Scottish Certificate of Education, 1963
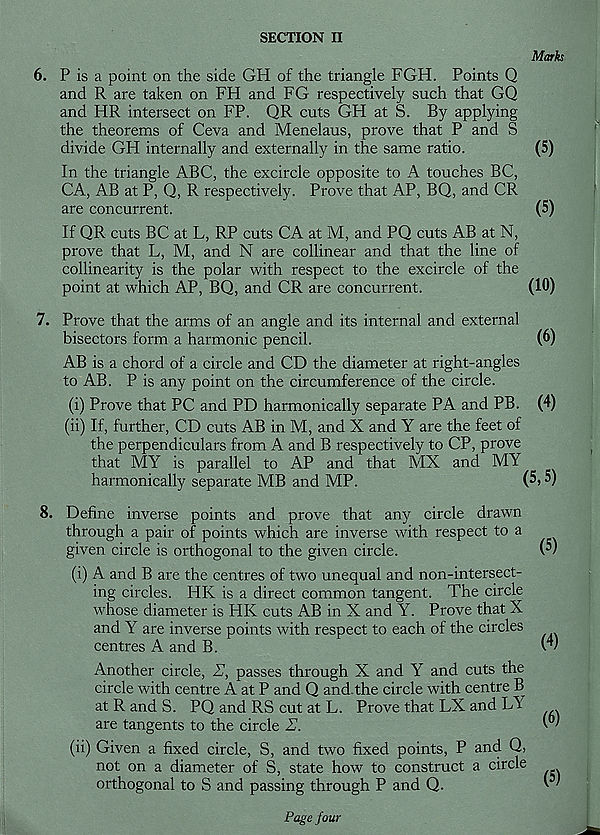
SECTION II
Marks
6. P is a point on the side GH of the triangle FGH. Points Q
and R are taken on FH and FG respectively such that GQ
and FIR intersect on FP. QR cuts GH at S. By applying
the theorems of Ceva and Menelaus, prove that P and S
divide GH internally and externally in the same ratio.
(5)
In the triangle ABC, the excircle opposite to A touches BC,
CA, AB at P, Q, R respectively. Prove that AP, BQ, and CR
are concurrent.
(5)
If QR cuts BC at L, RP cuts CA at M, and PQ cuts AB at N,
prove that L, M, and N are collinear and that the line of
collinearity is the polar with respect to the excircle of the
point at which AP, BQ, and CR are concurrent.
(10)
7. Prove that the arms of an angle and its internal and external
bisectors form a harmonic pencil.
(6)
AB is a chord of a circle and CD the diameter at right-angles
to AB. P is any point on the circumference of the circle.
(i) Prove that PC and PD harmonically separate PA and PB. (4)
(ii) If, further, CD cuts AB in M, and X and Y are the feet of
the perpendiculars from A and B respectively to CP, prove
that MY is parallel to AP and that MX and MY
harmonically separate MB and MP.
(5) 5)
8. Define inverse points and prove that any circle drawn
through a pair of points which are inverse with respect to a
given circle is orthogonal to the given circle.
(i) A and B are the centres of two unequal and non-intersect-
ing circles. HK is a direct common tangent. The circle
whose diameter is HK cuts AB in X and Y. Prove that X
and Y are inverse points with respect to each of the circles
centres A and B.
Another circle, S, passes through X and Y and cuts the
circle with centre A at P and Q and the circle with centre B
at R and S. PQ and RS cut at L. Prove that LX and Lh
are tangents to the circle S.
(ii) Given a fixed circle, S, and two fixed points, P and Q,
not on a diameter of S, state how to construct a circle
orthogonal to S and passing through P and Q.
(5)
(4)
(6)
(5)
Page four